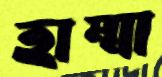
হাম্মা